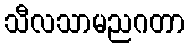
သီလသာမညဂတာ